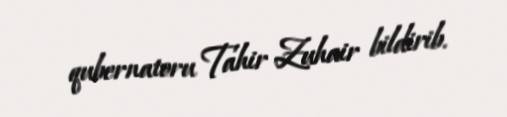
qubernatoru Tahir Zuhair bildirib.